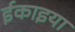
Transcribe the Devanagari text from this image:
ईकाइया